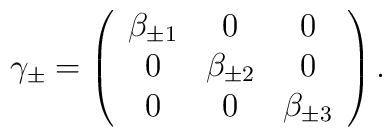
\gamma_\pm = \left( \begin{array}{ccc}\beta_{\pm 1} & 0 & 0\\0 & \beta_{\pm 2} & 0\\0 & 0 & \beta_{\pm 3}\end{array} \right).